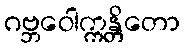
ဂဗ္ဘဝေါက္ကန္တိတော